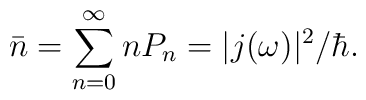
\bar{n}=\sum\limits_{n=0}^{\infty}n P_n=|j(\omega)|^2/\hbar.